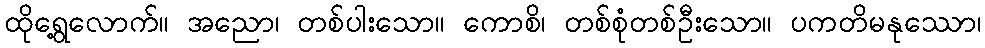
ထိုရွေ့လောက်။ အညော၊ တစ်ပါးသော။ ကောစိ၊ တစ်စုံတစ်ဦးသော။ ပကတိမနုဿော၊